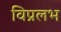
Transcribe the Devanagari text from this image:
विप्रलभ